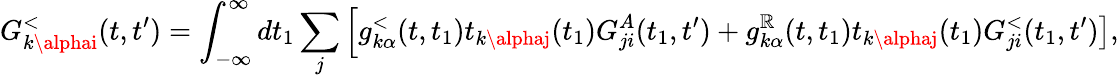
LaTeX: G_{k\alphai}^{<}(t,t^{\prime})=\int_{-\infty}^{\infty}dt_{1}\sum_{j}\left[g_{k\alpha}^{<}(t,t_{1})t_{k\alphaj}(t_{1})G_{ji}^{A}(t_{1},t^{\prime})\right.+\left.g_{k\alpha}^{\mathbb{R}}(t,t_{1})t_{k\alphaj}(t_{1})G_{ji}^{<}(t_{1},t^{\prime})\right],